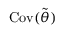
\operatorname { C o v } ( \tilde { \boldsymbol { \theta } } )